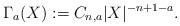
LaTeX: \begin{align*}\Gamma_a(X) := C_{n, a} |X|^{-n+1-a}.\end{align*}